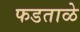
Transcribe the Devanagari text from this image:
फडताळे